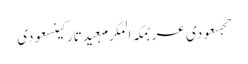
حجسعودی عربمکہ المکرمہعیدتارکینسعودی